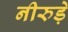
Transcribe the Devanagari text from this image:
नीरुड़े